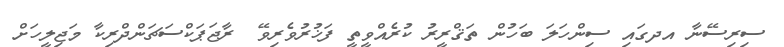
ސިރިސޭނާ އދގައި ސިންހަލަ ބަހުން ތަޤްރީރު ކުރެއްވީތީ ފަޚުރުވެރިވޭ  ރާޖަޕަކްސަޗަންދްރިކާ މަޖިލީހަށް